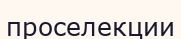
проселекции